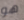
هو